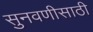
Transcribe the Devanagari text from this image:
सुनवणीसाठी